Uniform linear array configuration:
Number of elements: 8
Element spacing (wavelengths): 1
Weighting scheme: exponential
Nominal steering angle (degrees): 45
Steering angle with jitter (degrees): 44.744
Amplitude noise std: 0.05
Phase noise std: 0.05

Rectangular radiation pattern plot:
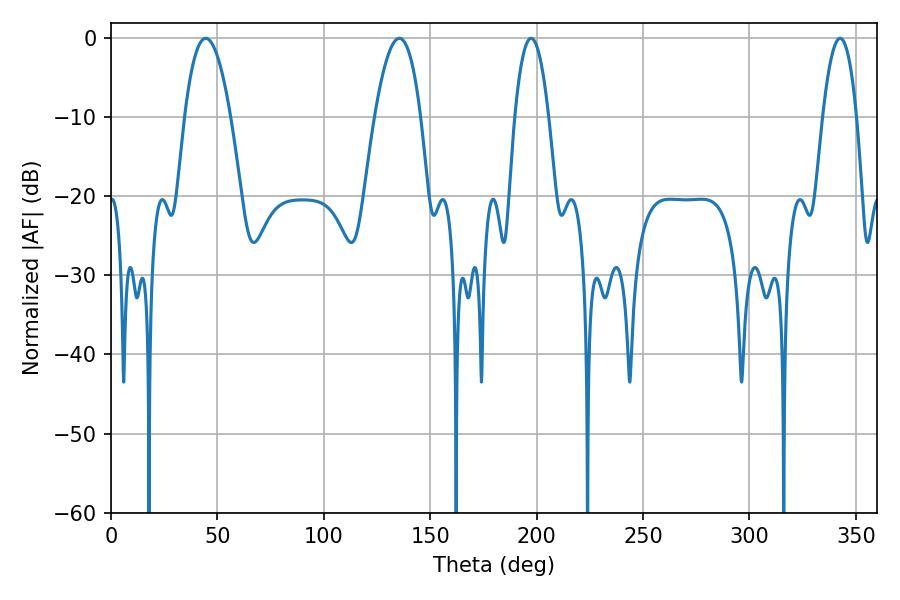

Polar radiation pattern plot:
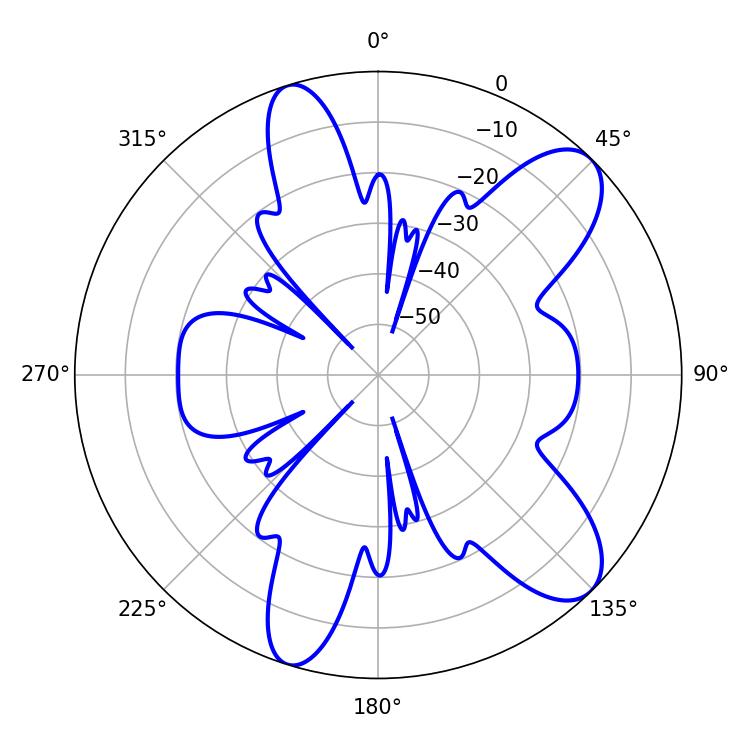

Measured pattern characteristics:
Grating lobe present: TRUE
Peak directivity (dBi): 9.7
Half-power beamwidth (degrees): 11.88
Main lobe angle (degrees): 44.46